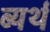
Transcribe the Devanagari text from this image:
ब्यर्थ